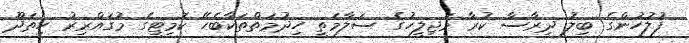
ފުލުހުންގެ ބިލު ދިރާސާ ކުރާ މަޖިލީހުގެ ސަލާމަތީ ހިދުމަތްތަކާބެހޭ ކޮމިޓީގެ މުގައްރިރު ހިތަދޫ